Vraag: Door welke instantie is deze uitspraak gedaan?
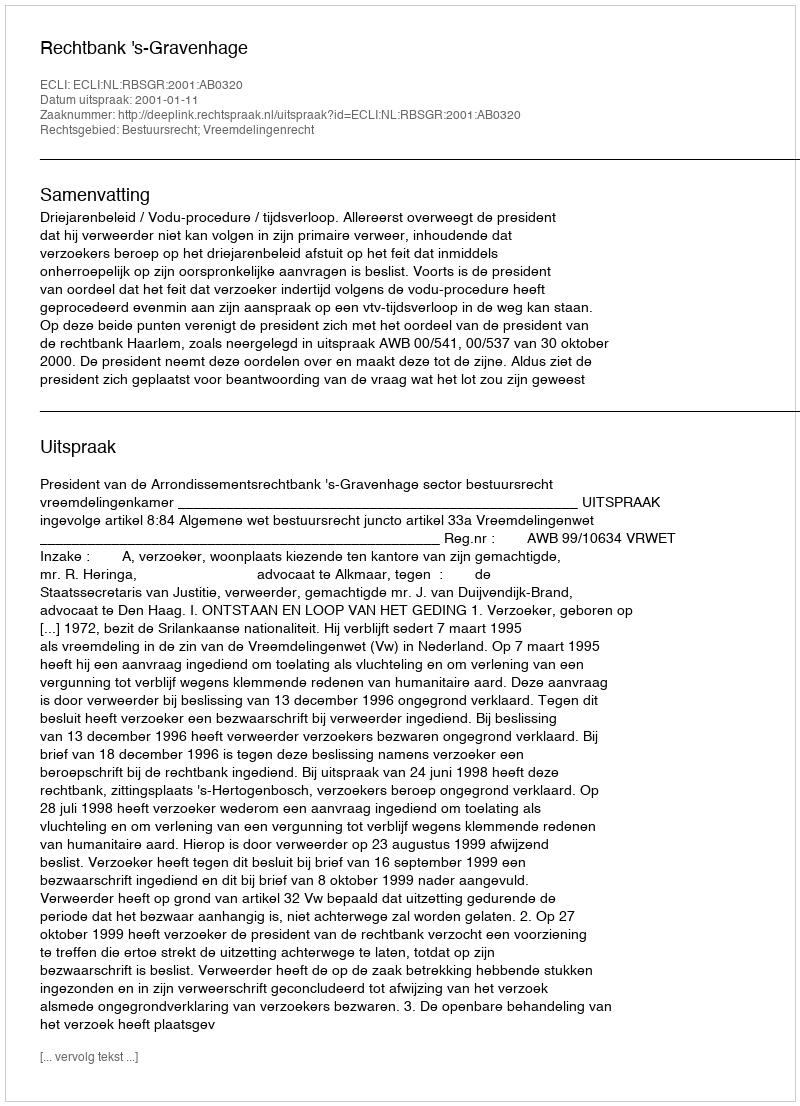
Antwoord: Rechtbank 's-Gravenhage